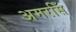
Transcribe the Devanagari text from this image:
अमरसिँ